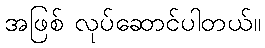
အဖြစ် လုပ်ဆောင်ပါတယ်။